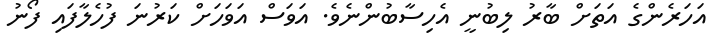
އަހަރެންގެ އަތަށް ބާރު ލިބުނީ އެހިސާބުންނެވެ. އަވަސް އަވަހަށް ކަރުނަ ފުހެލާފައި ފޯނު